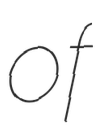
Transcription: of